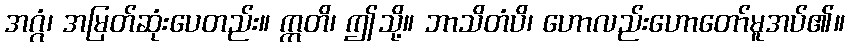
အဂ္ဂံ၊ အမြတ်ဆုံးပေတည်း။ ဣတိ၊ ဤသို့။ ဘာသိတံပိ၊ ဟောလည်းဟောတော်မူအပ်၏။